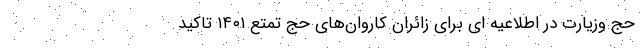
حج وزیارت در اطلاعیه ای برای زائران کاروان‌های حج تمتع ۱۴۰۱ تاکید